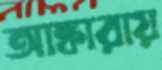
আঙ্কারায়